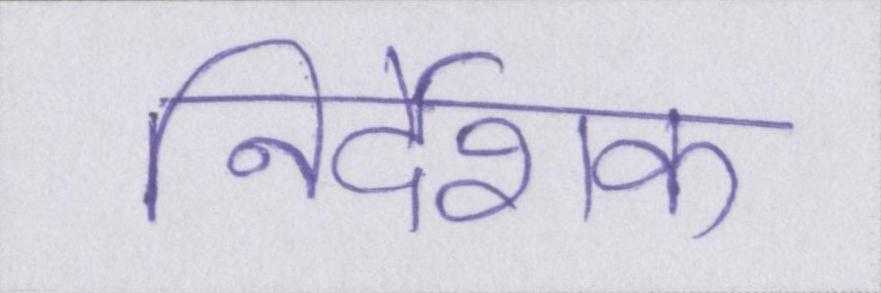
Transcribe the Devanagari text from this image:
निर्देशक